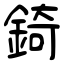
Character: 錡